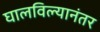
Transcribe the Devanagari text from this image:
घालविल्यानंतर